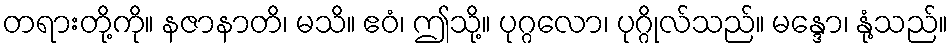
တရားတို့ကို။ နဇာနာတိ၊ မသိ။ ဧဝံ၊ ဤသို့။ ပုဂ္ဂလော၊ ပုဂ္ဂိုလ်သည်။ မန္ဒော၊ နုံ့သည်။